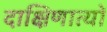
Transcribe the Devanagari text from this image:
दाक्षिणात्यों